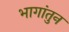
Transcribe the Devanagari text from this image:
भागांतुन